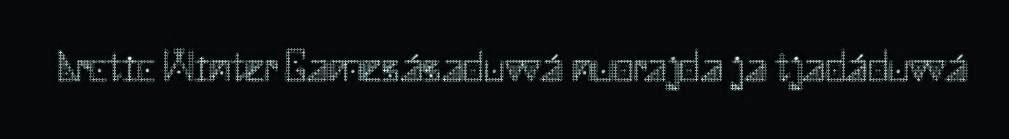
Arctic Winter Gamesásaduvvá nuorajda ja tjadáduvvá